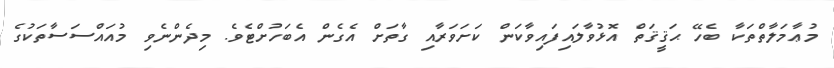
މުޢާމަލާތްތަކާ ބެހޭ ޙަޤީޤަތް އޮޅުވާލައިފައިވާކަން ކަށަވަރާއި ގާތަށް އެގެން އެބަހުށްޓެވެ. މިދެންނެވި މުއައްސަސާތަކުގެ